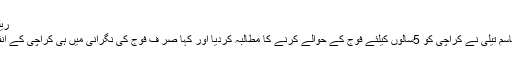
ریلوے اسٹیشنز پر لگائے گئے پینا …
کراچی : چیئرمین بی ایم جی سراج قاسم تیلی نے کراچی کو 5سالوں کیلئے فوج کے حوالے کرنے کا مطالبہ کردیا اور کہا صر ف فوج کی نگرانی میں ہی کراچی کے انفرااسٹرکچر مسائل کا حل ممکن ہے۔